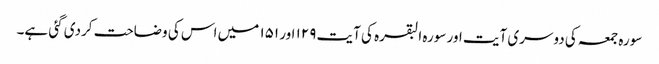
سورہ جمعہ کی دوسری آیت اور سورہ البقرہ کی آیت ۱۲۹ اور ۱۵۱ میں اس کی وضاحت کردی گئی ہے۔